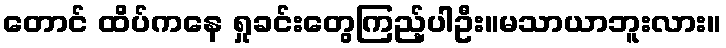
တောင် ထိပ်ကနေ ရှုခင်းတွေကြည့်ပါဦး။မသာယာဘူးလား။